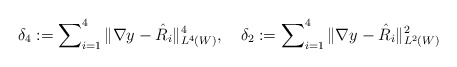
\begin{align*}\delta_4 := \sum\nolimits^4_{i=1}\Vert \nabla y - \hat{R}_i\Vert^4_{L^4(W)}, \ \ \ \delta_2 := \sum\nolimits^4_{i=1}\Vert \nabla y - \hat{R}_i\Vert^2_{L^2(W)}\end{align*}